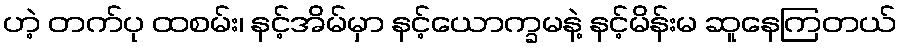
ဟဲ့ တက်ပု ထစမ်း၊ နင့်အိမ်မှာ နင့်ယောက္ခမနဲ့ နင့်မိန်းမ ဆူနေကြတယ်